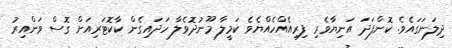
ދިލަނަގައެވެ. ކޮންފަދަ އަނިޔާވެރި ފިރިއެއްހެއްޔެވެ ކަމީލާ މޫނުދޮވެލާ ހަދައިގެން ކާކޮޓަރިއަށް ގޮސް ވަންއިރު